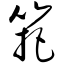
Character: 筢